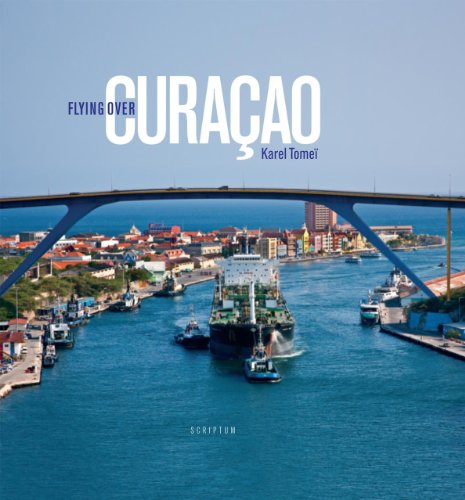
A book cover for Flying over Curacao; Arts & Photography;